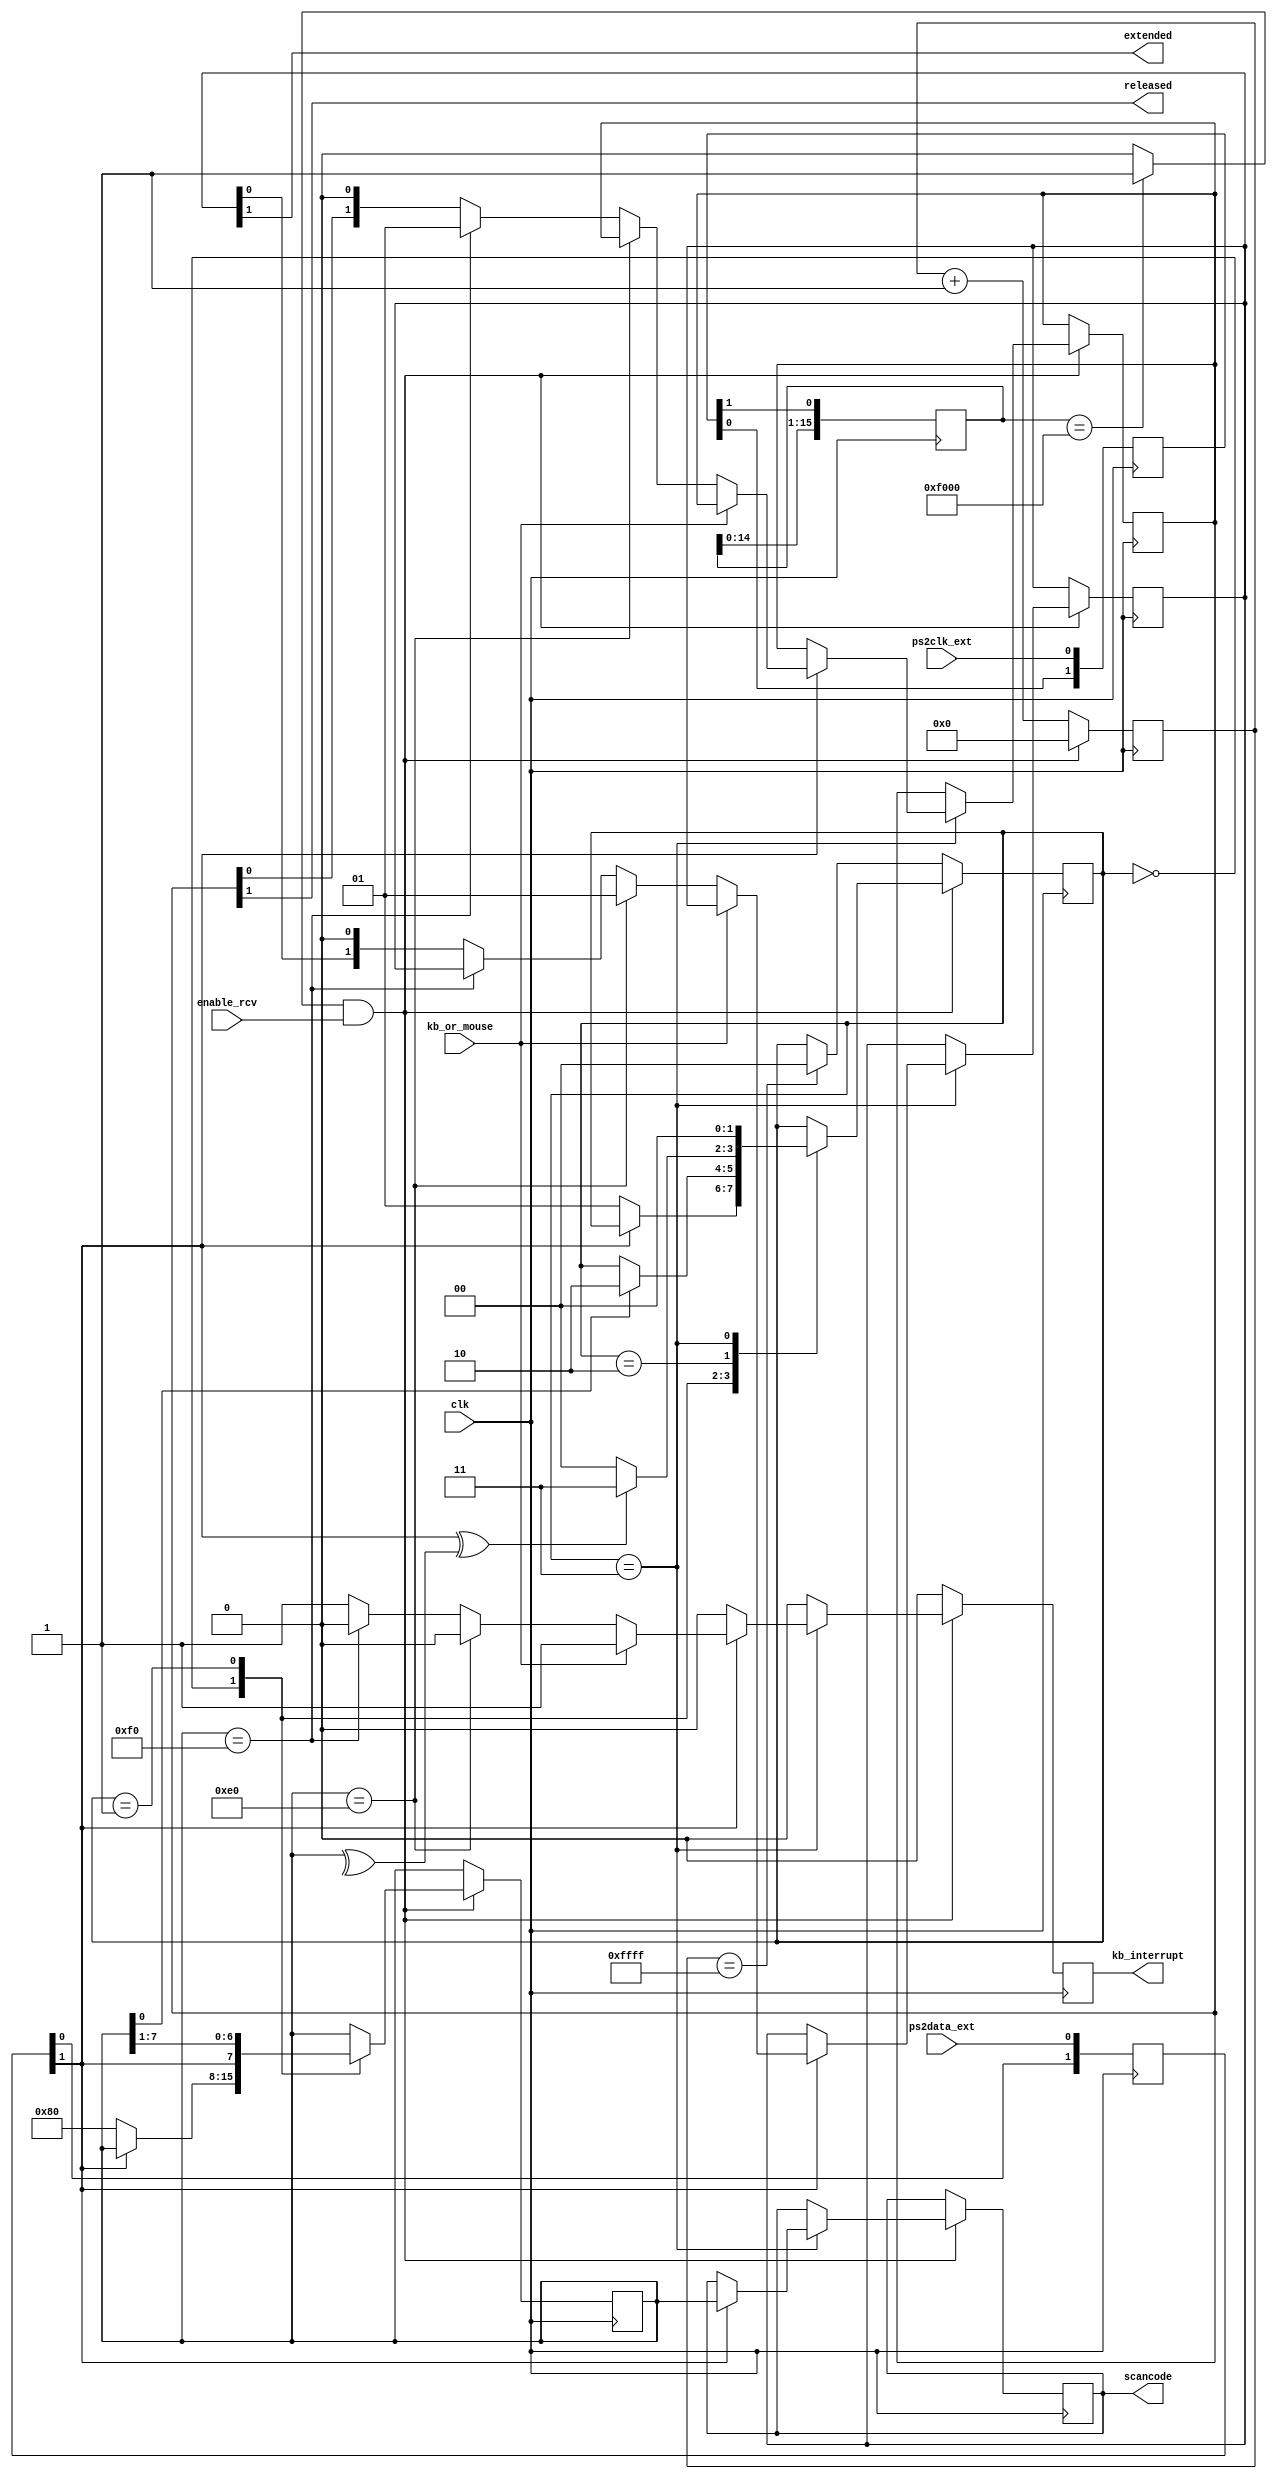
`timescale 1ns / 1ps
`default_nettype none

//////////////////////////////////////////////////////////////////////////////////
// Company: 
// Engineer: 
// 
// Design Name: 
// Module Name:    ps2_port 
// Project Name: 
// Target Devices: 
// Tool versions: 
// Description: 
//
// Dependencies: 
//
// Revision: 
// Revision 0.01 - File Created
// Additional Comments: 
//
//////////////////////////////////////////////////////////////////////////////////
module ps2_port (
    input wire clk,  // se recomienda 1 MHz <= clk <= 600 MHz
    input wire enable_rcv,  // habilitar la maquina de estados de recepcion
    input wire kb_or_mouse,  // 0: kb, 1: mouse
    input wire ps2clk_ext,
    input wire ps2data_ext,
    output wire kb_interrupt,  // a 1 durante 1 clk para indicar nueva tecla recibida
    output reg [7:0] scancode, // make o breakcode de la tecla
    output wire released,  // soltada=1, pulsada=0
    output wire extended  // extendida=1, no extendida=0
    );
    
    `define RCVSTART    2'b00
    `define RCVDATA     2'b01 
    `define RCVPARITY   2'b10
    `define RCVSTOP     2'b11

    reg [7:0] key = 8'h00;

    // Fase de sincronizacion de seales externas con el reloj del sistema
    reg [1:0] ps2clk_synchr;
    reg [1:0] ps2dat_synchr;
    wire ps2clk = ps2clk_synchr[1];
    wire ps2data = ps2dat_synchr[1];
    always @(posedge clk) begin
        ps2clk_synchr[0] <= ps2clk_ext;
        ps2clk_synchr[1] <= ps2clk_synchr[0];
        ps2dat_synchr[0] <= ps2data_ext;
        ps2dat_synchr[1] <= ps2dat_synchr[0];
    end

    // De-glitcher. Slo detecto flanco de bajada
    reg [15:0] negedgedetect = 16'h0000;
    always @(posedge clk) begin
        negedgedetect <= {negedgedetect[14:0], ps2clk};
    end
    wire ps2clkedge = (negedgedetect == 16'hF000)? 1'b1 : 1'b0;
    
    // Paridad instantnea de los bits recibidos
    wire paritycalculated = ^key;
    
    // Contador de time-out. Al llegar a 65536 ciclos sin que ocurra
    // un flanco de bajada en PS2CLK, volvemos al estado inicial
    reg [15:0] timeoutcnt = 16'h0000;

    reg [1:0] state = `RCVSTART;
    reg [1:0] regextended = 2'b00;
    reg [1:0] regreleased = 2'b00;
    reg rkb_interrupt = 1'b0;
    assign released = regreleased[1];
    assign extended = regextended[1];
    assign kb_interrupt = rkb_interrupt;
    
    always @(posedge clk) begin
        if (rkb_interrupt == 1'b1) begin
            rkb_interrupt <= 1'b0;
        end
        if (ps2clkedge && enable_rcv) begin
            timeoutcnt <= 16'h0000;
            case (state)
                `RCVSTART: begin
                    if (ps2data == 1'b0) begin
                        state <= `RCVDATA;
                        key <= 8'h80;
                    end
                end
                `RCVDATA: begin
                    key <= {ps2data, key[7:1]};
                    if (key[0] == 1'b1) begin
                        state <= `RCVPARITY;
                    end
                end
                `RCVPARITY: begin
                    if (ps2data^paritycalculated == 1'b1) begin
                        state <= `RCVSTOP;
                    end
                    else begin
                        state <= `RCVSTART;
                    end
                end
                `RCVSTOP: begin
                    state <= `RCVSTART;                
                    if (ps2data == 1'b1) begin                        
                        scancode <= key;
                        if (kb_or_mouse == 1'b1) begin
                            rkb_interrupt <= 1'b1;  // no se requiere mirar E0 o F0
                        end
                        else begin
                            if (key == 8'hE0) begin
                                regextended <= 2'b01;
                            end
                            else if (key == 8'hF0) begin
                                regreleased <= 2'b01;
                            end
                            else begin
                                regextended <= {regextended[0], 1'b0};
                                regreleased <= {regreleased[0], 1'b0};
                                rkb_interrupt <= 1'b1;
                            end
                        end
                    end
                end    
                default: state <= `RCVSTART;
            endcase
        end           
        else begin
            timeoutcnt <= timeoutcnt + 1;
            if (timeoutcnt == 16'hFFFF) begin
                state <= `RCVSTART;
            end
        end
    end
endmodule


module ps2_host_to_kb (
    input wire clk,          // se recomienda 1 MHz <= clk <= 600 MHz
    inout wire ps2clk_ext,
    inout wire ps2data_ext,
    input wire [7:0] data,
    input wire dataload,
    output wire ps2busy,
    output wire ps2error
    );
    
    `define PULLCLKLOW    3'b000
    `define PULLDATALOW   3'b001 
    `define SENDDATA      3'b010
    `define SENDPARITY    3'b011
    `define RCVACK        3'b100
    `define RCVIDLE       3'b101
    `define SENDFINISHED  3'b110

    reg busy = 1'b0;
    reg error = 1'b0;
    assign ps2busy = busy;
    assign ps2error = error;

    // Fase de sincronizacion de seales externas con el reloj del sistema
    reg [1:0] ps2clk_synchr;
    reg [1:0] ps2dat_synchr;
    wire ps2clk = ps2clk_synchr[1];
    wire ps2data_in = ps2dat_synchr[1];
    always @(posedge clk) begin
        ps2clk_synchr[0] <= ps2clk_ext;
        ps2clk_synchr[1] <= ps2clk_synchr[0];
        ps2dat_synchr[0] <= ps2data_ext;
        ps2dat_synchr[1] <= ps2dat_synchr[0];
    end

    // De-glitcher. Slo detecto flanco de bajada
    reg [15:0] edgedetect = 16'h0000;
    always @(posedge clk) begin
        edgedetect <= {edgedetect[14:0], ps2clk};
    end
    wire ps2clknedge = (edgedetect == 16'hF000)? 1'b1 : 1'b0;
    wire ps2clkpedge = (edgedetect == 16'h0FFF)? 1'b1 : 1'b0;
    
    // Contador de time-out. Al llegar a 65536 ciclos sin que ocurra
    // un flanco de bajada en PS2CLK, volvemos al estado inicial
    reg [15:0] timeoutcnt = 16'h0000;

    reg [2:0] state = `SENDFINISHED;
    reg [7:0] shiftreg = 8'h00;
    reg [2:0] cntbits = 3'd0;

    // Dato a enviar se guarda en rdata
    reg [7:0] rdata = 8'h00;

    // Paridad instantnea de los bits a enviar
    wire paritycalculated = ~(^rdata);

    always @(posedge clk) begin
        // Carga de rdata desde el exterior
        if (dataload) begin
            rdata <= data;
            busy <= 1'b1;
            error <= 1'b0;
            timeoutcnt <= 16'h0000;
            state <= `PULLCLKLOW;
        end

        if (!ps2clknedge) begin
            timeoutcnt <= timeoutcnt + 1;
            if (timeoutcnt == 16'hFFFF && state != `SENDFINISHED) begin
                error <= 1'b1;
                state <= `SENDFINISHED;
            end
        end

        case (state)
            `PULLCLKLOW: begin  // 40000 cuentas es poco ms de 10ms
                if (timeoutcnt >= 16'd40000) begin
                    state <= `PULLDATALOW;
                    shiftreg <= rdata;
                    cntbits <= 3'd0;
                    timeoutcnt <= 16'h0000;
                end
            end
            `PULLDATALOW: begin
                if (ps2clknedge) begin
                    state <= `SENDDATA;
                    timeoutcnt <= 16'h0000;
                end
            end
            `SENDDATA: begin
                if (ps2clknedge) begin
                    timeoutcnt <= 16'h0000;
                    shiftreg <= {1'b0, shiftreg[7:1]};
                    cntbits <= cntbits + 1;
                    if (cntbits == 3'd7)
                        state <= `SENDPARITY;
                end
            end
            `SENDPARITY: begin
                if (ps2clknedge) begin
                    state <= `RCVIDLE;
                    timeoutcnt <= 16'h0000;
                end
            end
            `RCVIDLE: begin
                if (ps2clknedge) begin
                    state <= `RCVACK;
                    timeoutcnt <= 16'h0000;
                end
            end        
            `RCVACK: begin
                if (ps2clknedge) begin
                    state <= `SENDFINISHED;
                    timeoutcnt <= 16'h0000;
                end
            end
            `SENDFINISHED: begin
                busy <= 1'b0;
                timeoutcnt <= 16'h0000;
            end
            default: begin
                timeoutcnt <= timeoutcnt + 1;
                if (timeoutcnt == 16'hFFFF && state != `SENDFINISHED) begin
                    error <= 1'b1;
                    state <= `SENDFINISHED;
                end
            end
        endcase              
    end
    
    assign ps2data_ext = (state == `PULLCLKLOW || state == `PULLDATALOW)    ? 1'b0 :
                         (state == `SENDDATA && shiftreg[0] == 1'b0)        ? 1'b0 :
                         (state == `SENDPARITY && paritycalculated == 1'b0) ? 1'b0 : // si lo que se va a enviar es un 1
                                                                              1'bZ;  // no se manda, sino que se pone la lnea a alta impedancia
    assign ps2clk_ext = (state == `PULLCLKLOW)                              ? 1'b0 :
                                                                              1'bZ;
endmodule